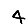
Digit: 4